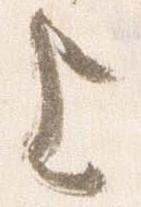
上